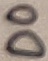
Text: D0